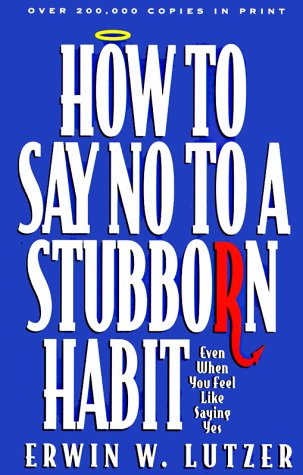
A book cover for How to Say No to a Stubborn Habit; Erwin W. Lutzer; Christian Books & Bibles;